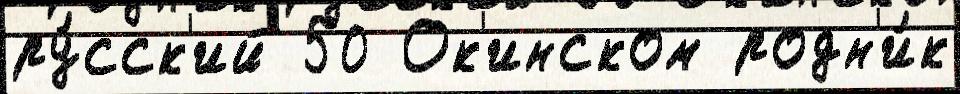
ру́сск'ий 50 Ок'инском родн'и́к